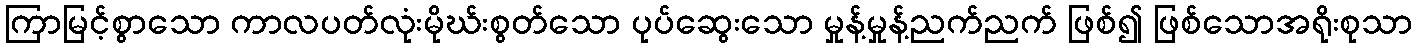
ကြာမြင့်စွာသော ကာလပတ်လုံးမိုဃ်းစွတ်သော ပုပ်ဆွေးသော မှုန့်မှုန့်ညက်ညက် ဖြစ်၍ ဖြစ်သောအရိုးစုသာ